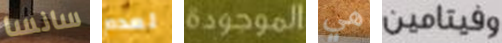
سانسا لعدم الموجودة هي وفيتامين